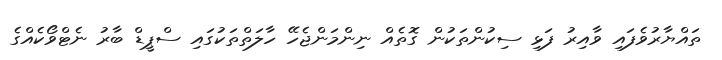
ތައްޔާރުވެފައި ވާއިރު ފަޅި ސިކުންތަކުން ގޮތެއް ނިންމަންޖެހޭ ހާލަތްތަކުގައި ސްޕީޑް ބާރު ނެޓްވޯކެއްގެ